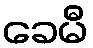
ခေမီ